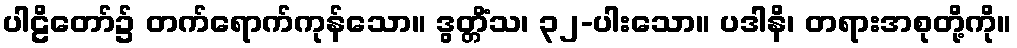
ပါဠိတော်၌ တက်ရောက်ကုန်သော။ ဒွတ္တိံသ၊ ၃၂-ပါးသော။ ပဒါနိ၊ တရားအစုတို့ကို။